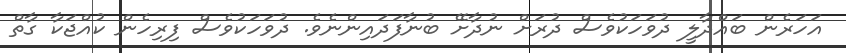
އަހަރެން ބައްދާލީ ދުވަހަކުވެސް ދުރަށް ނުދާށޭ ބުނާފަދައިންނެވެ. ދުވަހަކުވެސް ފިރިހެން ކުއްޖަކާ ގާތް